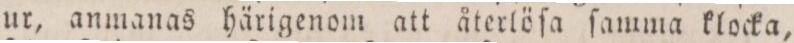
ur, anmanas härigenom att återlöſa ſamma klocka,